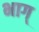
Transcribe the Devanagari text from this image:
भाग्